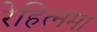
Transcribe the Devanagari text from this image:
रेहित्नमा